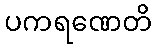
ပကရဏေတိ